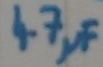
Text: 47µF